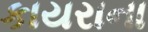
કાયરાના